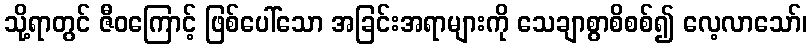
သို့ရာတွင် ဇီဝကြောင့် ဖြစ်ပေါ်သော အခြင်းအရာများကို သေချာစွာစိစစ်၍ လေ့လာသော်၊